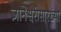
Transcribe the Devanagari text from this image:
ज्ञानेश्वरीसारख्या